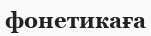
фонетикаға